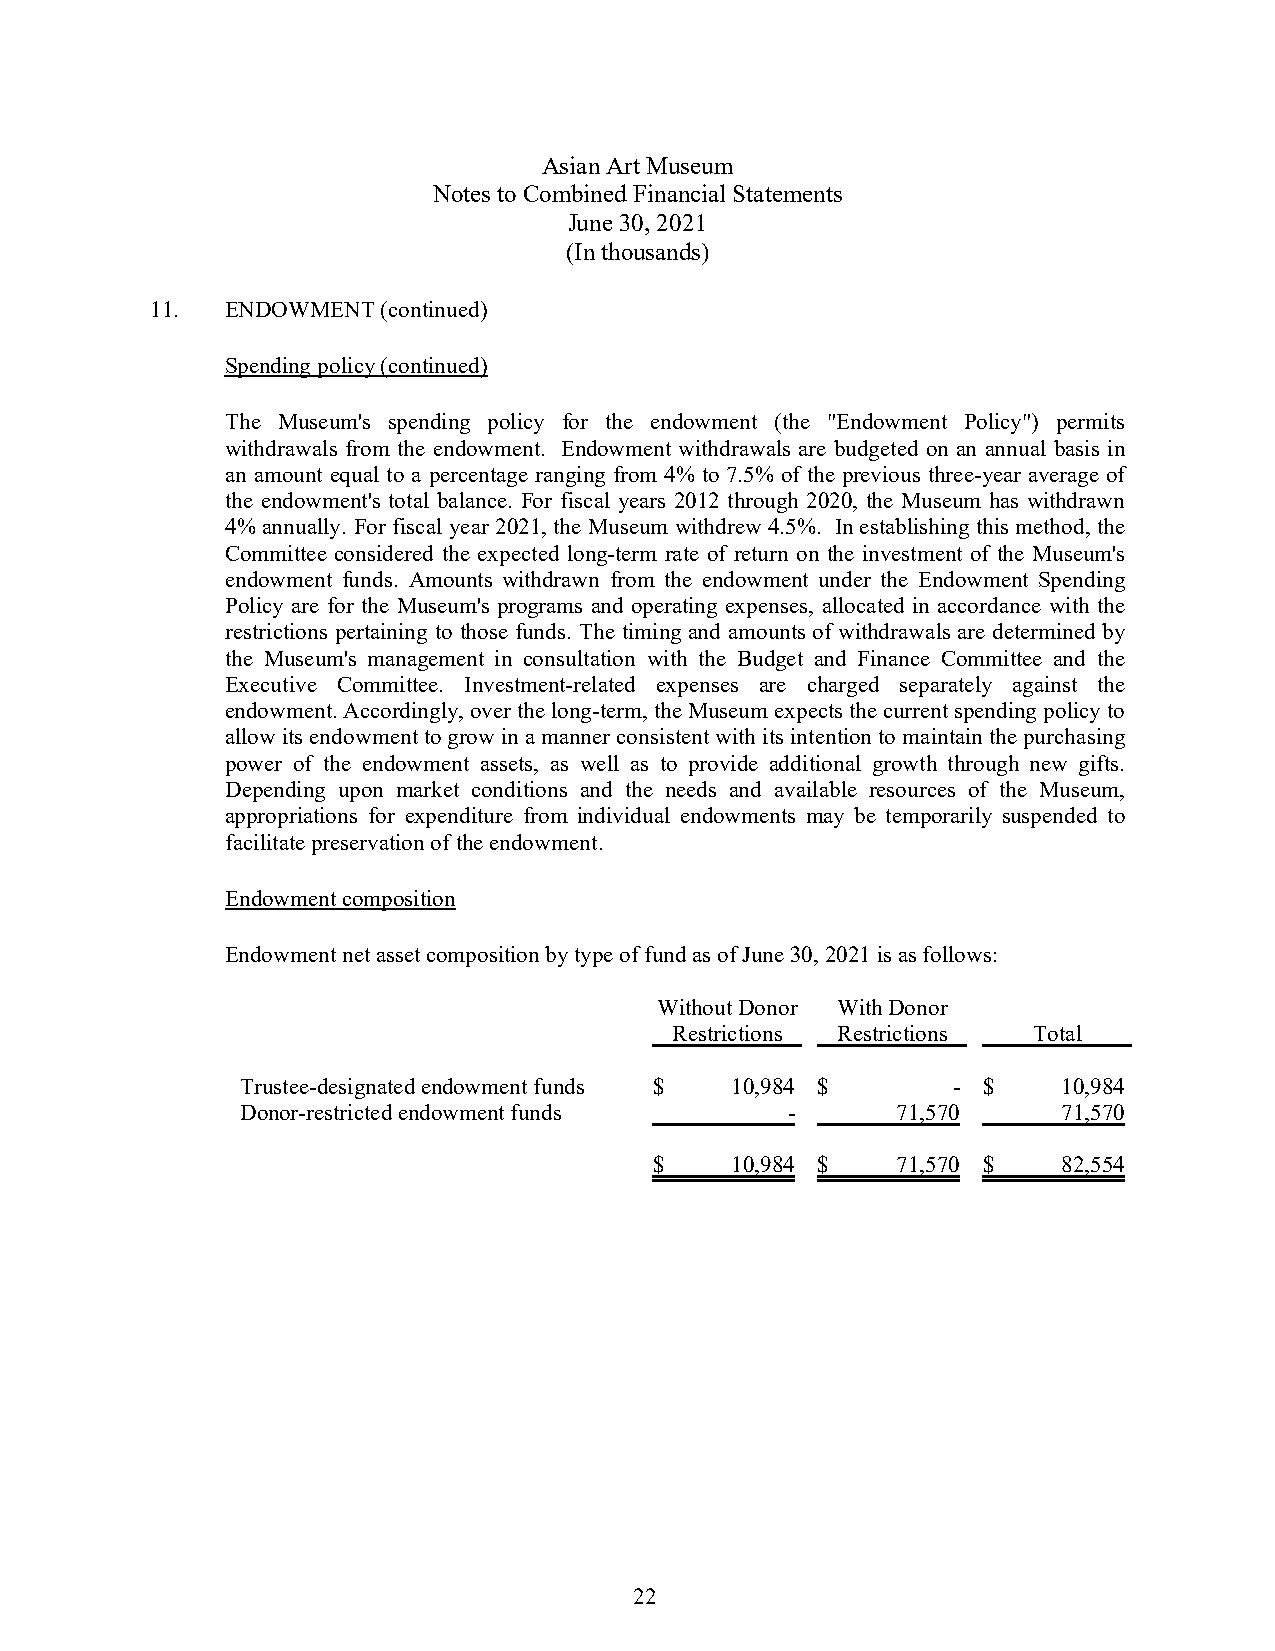
Asian Art Museum
 Notes to Combined Financial Statements
 June 30, 2021
 (In thousands)
 11.  ENDOWMENT (continued)
 Spending policy (continued)
 The Museum's spending policy for the endowment (the "Endowment Policy") permits
 withdrawals from the endowment. Endowment withdrawals are budgeted on an annual basis in
 an amount equal to a percentage ranging from 4% to 7.5% of the previous three-year average of
 the endowment's total balance. For fiscal years 2012 through 2020, the Museum has withdrawn
 4% annually. For fiscal year 2021, the Museum withdrew 4.5%. In establishing this method, the
 Committee considered the expected long-term rate of return on the investment of the Museum's
 endowment funds. Amounts withdrawn from the endowment under the Endowment Spending
 Policy are for the Museum's programs and operating expenses, allocated in accordance with the
 restrictions pertaining to those funds. The timing and amounts of withdrawals are determined by
 the Museum's management in consultation with the Budget and Finance Committee and the
 Executive Committee. Investment-related expenses are charged separately against the
 endowment. Accordingly, over the long-term, the Museum expects the current spending policy to
 allow its endowment to grow in a manner consistent with its intention to maintain the purchasing
 power of the endowment assets, as well as to provide additional growth through new gifts.
 Depending upon market conditions and the needs and available resources of the Museum,
 appropriations for expenditure from individual endowments may be temporarily suspended to
 facilitate preservation of the endowment.
 Endowment composition
 Endowment net asset composition by type of fund as of June 30, 2021 is as follows:
 Without Donor With Donor
 Restrictions Restrictions Total
 Trustee-designated endowment funds $ 10,984 $  - $    10,984
 Donor-restricted endowment funds    -      71,570     71,570
 $    10,984 $   71,570 $   82,554
 22